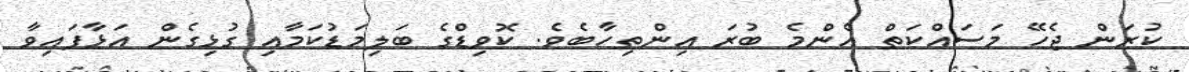
ކުރަން ޖެހޭ މަސައްކަތް އެންމެ ބުރަ އިންތިހާބެވެ. ކޮވިޑްގެ ބަލިމަޑުކަމާއި ގުޅިގެން އަޅާފައިވާ